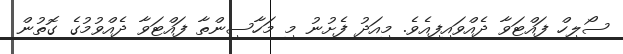
ސޯލިހް ފައްޓަވާ ދެއްވައިފިއެވެ. މިއަދު ފެށުނު މި މަހާސިންތާ ފައްޓަވާ ދެއްވުމުގެ ގޮތުން